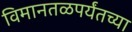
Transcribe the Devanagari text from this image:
विमानतळपर्यंतच्या